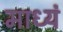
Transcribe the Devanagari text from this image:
माध्यं